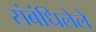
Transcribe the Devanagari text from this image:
संबंधिलेले